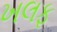
ખલફ